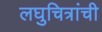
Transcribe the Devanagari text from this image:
लघुचित्रांची